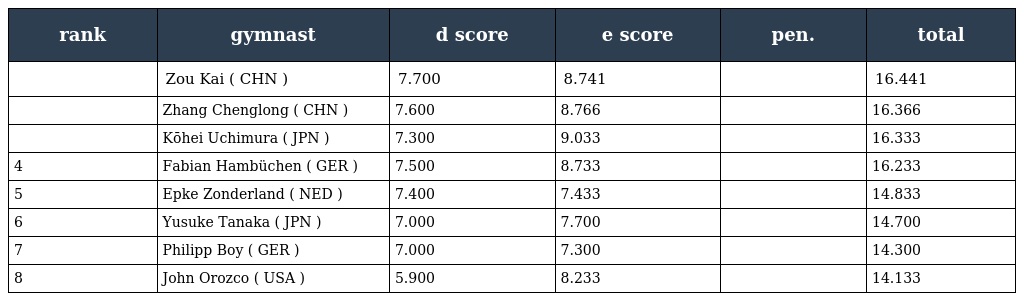
| rank | gymnast | d score | e score | pen. | total |
 | --- | --- | --- | --- | --- | --- |
 |  | Zou Kai ( CHN ) | 7.700 | 8.741 |  | 16.441 |
 |  | Zhang Chenglong ( CHN ) | 7.600 | 8.766 |  | 16.366 |
 |  | Kōhei Uchimura ( JPN ) | 7.300 | 9.033 |  | 16.333 |
 | 4 | Fabian Hambüchen ( GER ) | 7.500 | 8.733 |  | 16.233 |
 | 5 | Epke Zonderland ( NED ) | 7.400 | 7.433 |  | 14.833 |
 | 6 | Yusuke Tanaka ( JPN ) | 7.000 | 7.700 |  | 14.700 |
 | 7 | Philipp Boy ( GER ) | 7.000 | 7.300 |  | 14.300 |
 | 8 | John Orozco ( USA ) | 5.900 | 8.233 |  | 14.133 |